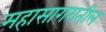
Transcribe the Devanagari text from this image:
महासागरांतील